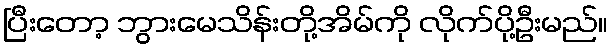
ပြီးတော့ ဘွားမေသိန်းတို့အိမ်ကို လိုက်ပို့ဦးမည်။